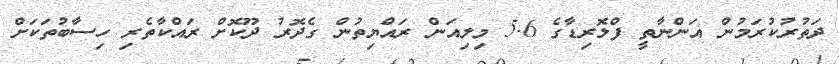
ދަތުރުކުރަމުން އަންނާތީ ފްލޮރިޑާގެ 5.6 މިލިއަން ރައްޔިތުން ގެދޮރު ދޫކޮށް ރައްކާތެރި ހިސާބުތަކަށް